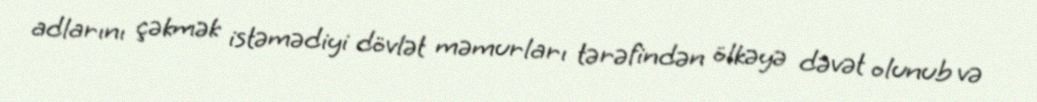
adlarını çəkmək istəmədiyi dövlət məmurları tərəfindən ölkəyə dəvət olunub və